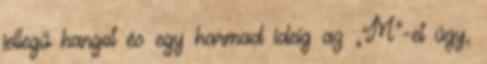
jellegű hangot és egy harmad ideig az „M”-et úgy,